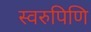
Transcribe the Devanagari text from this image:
स्वरुपिणि